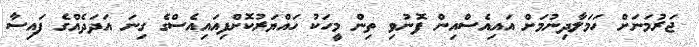
ޖަރުމަނަށް ހަމަލާދިނުމަށް އައިއެސްއިން ފޮނުވި ތިން މީހަކު ހައްޔަރުކޮށްފިއައިއެސްގެ ގިނަ އަދަދެއްގެ ފައިސާ